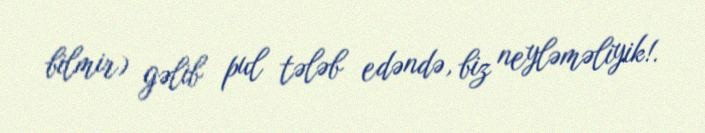
bilmir) gəlib pul tələb edəndə, biz neyləməliyik!.